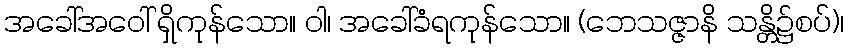
အခေါ်အဝေါ် ရှိကုန်သော။ ဝါ၊ အခေါ်ခံရကုန်သော။ (ဘေသဇ္ဇာနိ သန္တိ၌စပ်)၊